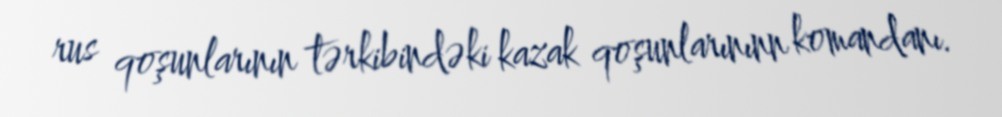
rus qoşunlarının tərkibindəki kazak qoşunlarınınn komandanı.